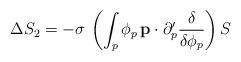
LaTeX: \begin{align*}\Delta S_{2}=-\sigma \,\left( \int_{p}\phi _{p}\,{\bf p}\cdot \partial_{p}^{\prime }\frac{\delta }{\delta \phi _{p}}\right) S\end{align*}